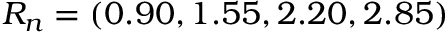
R _ { n } = ( 0 . 9 0 , 1 . 5 5 , 2 . 2 0 , 2 . 8 5 )